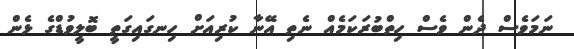
ނަމަވެސް ދެން ވެސް ހިތްބުރަކަމެއް ނެތި އޭނާ ކުރިއަށް ހިނގައިގަތީ ބޮލީވުޑްގެ ޅެން